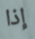
إذا